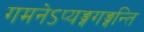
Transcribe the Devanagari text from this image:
गमनेऽप्यङ्गगङ्गन्ति